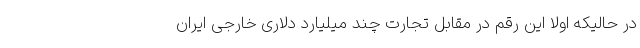
در حالیکه اولا این رقم در مقابل تجارت چند میلیارد دلاری خارجی ایران